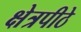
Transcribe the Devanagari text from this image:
क्षेत्रपीठे